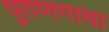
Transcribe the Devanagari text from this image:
पुराणगाथा